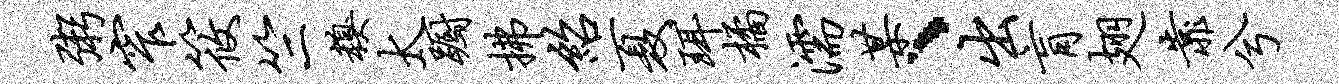
粥窄筱竺糗太蹰拂绍夏珥橘濡某、出肓翅靠兮